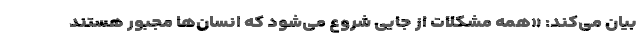
بیان می‌کند: «همه مشکلات از جایی شروع می‌شود که انسان‌ها مجبور هستند